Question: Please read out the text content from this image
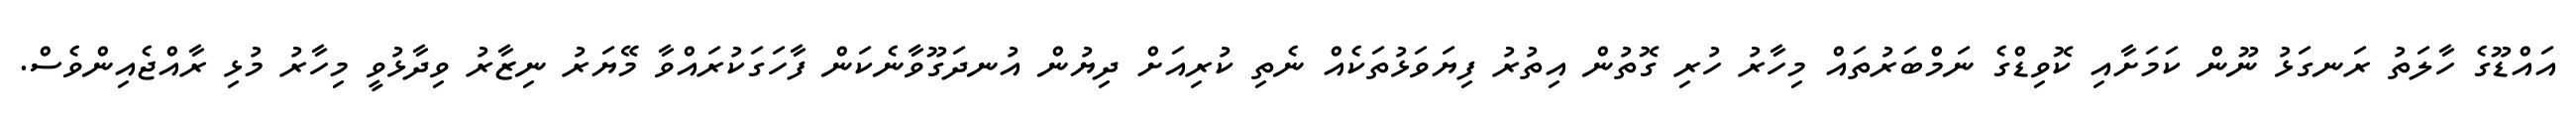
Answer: އައްޑޫގެ ހާލަތު ރަނގަޅު ނޫން ކަމަށާއި ކޮވިޑްގެ ނަމްބަރުތައް މިހާރު ހުރި ގޮތުން އިތުރު ފިޔަވަޅުތަކެއް ނެތި ކުރިއަށް ދިޔުން އުނދަގޫވާނެކަން ފާހަގަކުރައްވާ މޭޔަރު ނިޒާރު ވިދާޅުވީ މިހާރު މުޅި ރާއްޖެއިންވެސް.